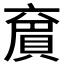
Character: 𠆄